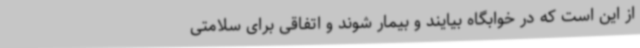
از این است که در خوابگاه بیایند و بیمار شوند و اتفاقی برای سلامتی